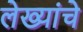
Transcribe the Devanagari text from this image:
लेख्यांचे